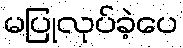
မပြုလုပ်ခဲ့ပေ